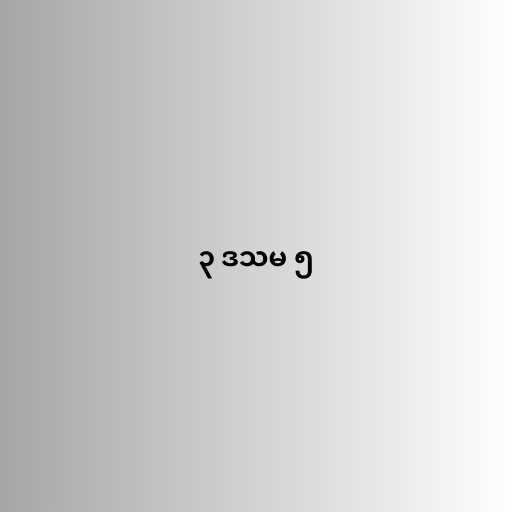
၃ ဒသမ ၅